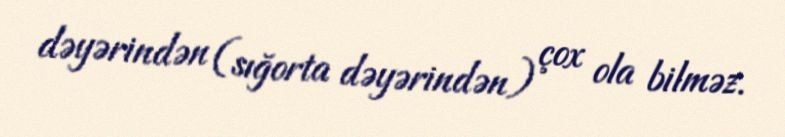
dəyərindən (sığorta dəyərindən) çox ola bilməz.